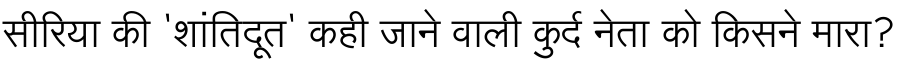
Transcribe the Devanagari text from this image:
सीरिया की 'शांतिदूत' कही जाने वाली कुर्द नेता को किसने मारा?